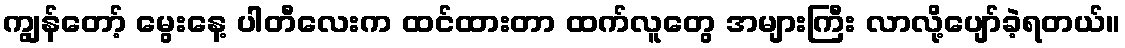
ကျွန်တော့် မွေးနေ့ ပါတီလေးက ထင်ထားတာ ထက်လူတွေ အများကြီး လာလို့ပျော်ခဲ့ရတယ်။